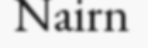
Nairn